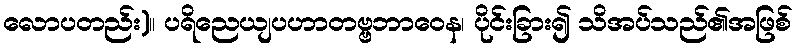
လောပတည်း)။ ပရိညေယျပဟာတဗ္ဗဘာဝေန၊ ပိုင်းခြား၍ သိအပ်သည်၏အဖြစ်